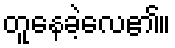
တူနေခဲ့လေ၏။